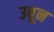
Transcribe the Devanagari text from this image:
उबून